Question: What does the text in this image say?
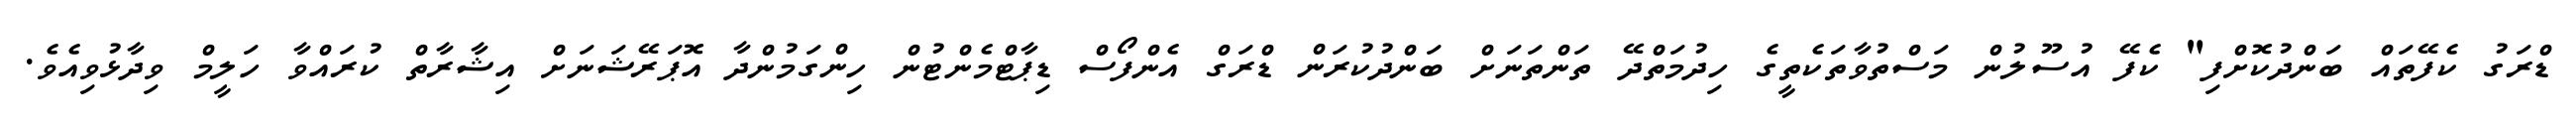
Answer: ޑްރަގު ކެފޭތައް ބަންދުކޮށްފި" ކެފޭ އުސޫލުން މަސްތުވާތަކެތީގެ ހިދުމަތްދޭ ތަންތަނަށް ބަންދުކުރަން ޑްރަގް އެންފޯސް ޑިޕާޓްމެންޓުން ހިންގަމުންދާ އޮޕަރޭޝަނަށް އިޝާރާތް ކުރައްވާ ހަލީމް ވިދާޅުވިއެވެ.